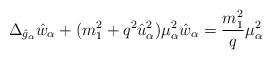
\begin{align*}\Delta_{\hat{g}_\alpha} \hat{w}_\alpha+(m_1^2+q^2 \hat{u}_\alpha^2) \mu_\alpha^2 \hat{w}_\alpha=\frac{m_1^2}{q}\mu_\alpha^2\end{align*}